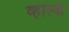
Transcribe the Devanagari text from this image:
व्हाल्के